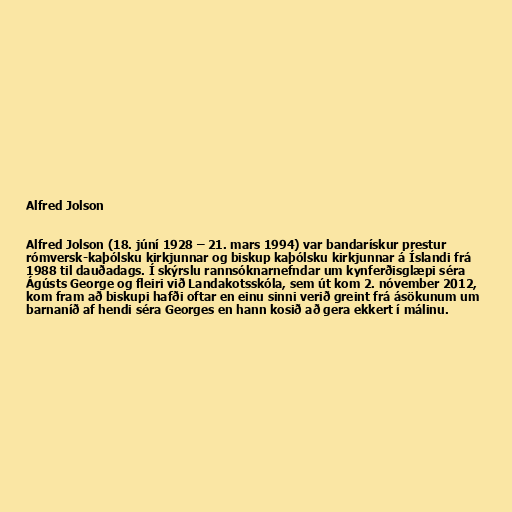
Alfred Jolson

Alfred Jolson (18. júní 1928 – 21. mars 1994) var bandarískur prestur
rómversk-kaþólsku kirkjunnar og biskup kaþólsku kirkjunnar á Íslandi frá
1988 til dauðadags. Í skýrslu rannsóknarnefndar um kynferðisglæpi séra
Ágústs George og fleiri við Landakotsskóla, sem út kom 2. nóvember 2012,
kom fram að biskupi hafði oftar en einu sinni verið greint frá ásökunum um
barnaníð af hendi séra Georges en hann kosið að gera ekkert í málinu.